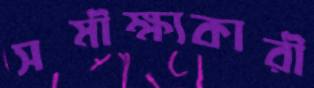
সমীক্ষ্যকারী